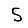
Digit: 5